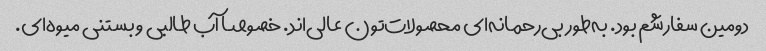
دومین سفارشم بود. به‌طور بی‌رحمانه‌ای محصولات‌تون عالی‌اند. خصوصا آب طالبی و بستنی میوه‌ای.